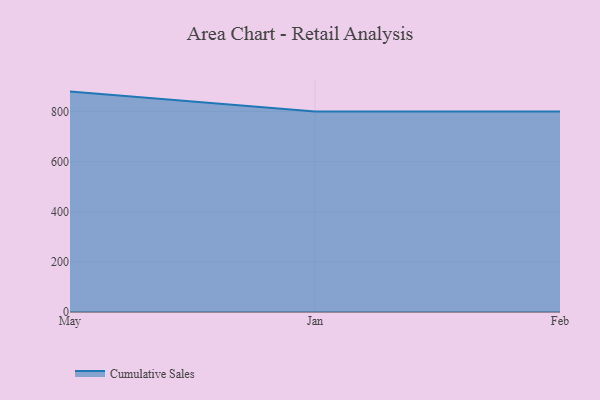
{"axis": {"x": "Month", "y": "LTV (USD)"}, "legend": ["Cumulative Sales"], "data": [{"x": "May", "y": 879.9, "type": "Cumulative Sales"}, {"x": "Jan", "y": 800, "type": "Cumulative Sales"}, {"x": "Feb", "y": 800, "type": "Cumulative Sales"}]}